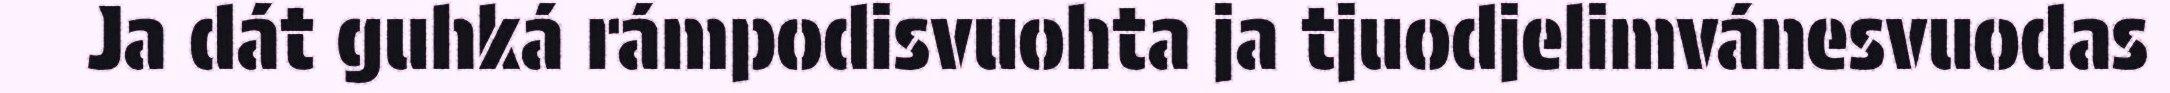
Ja dát guhká rámpodisvuohta ja tjuodjelimvánesvuodas